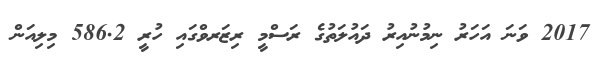
2017 ވަނަ އަހަރު ނިމުނުއިރު ދައުލަތުގެ ރަސްމީ ރިޒަރވްގައި ހުރީ 586.2 މިލިއަން